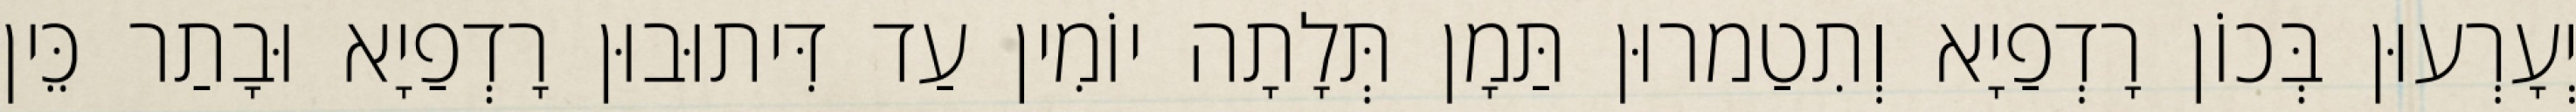
יְעָרְעוּן בְּכוֹן רָדְפַיָא וְתִטַמרוּן תַּמָן תְּלָתָה יוֹמִין עַד דִּיתוּבוּן רָדְפַיָא וּבָתַר כֵּין